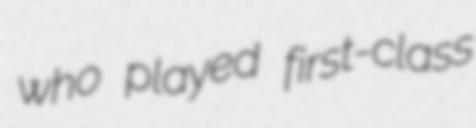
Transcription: who played first-class